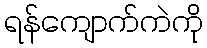
ရန်ကျောက်ကဲကို